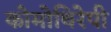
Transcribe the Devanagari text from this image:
कोमोथिरेपी